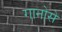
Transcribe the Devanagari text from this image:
गानोसे